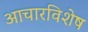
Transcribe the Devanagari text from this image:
आचारविशेष